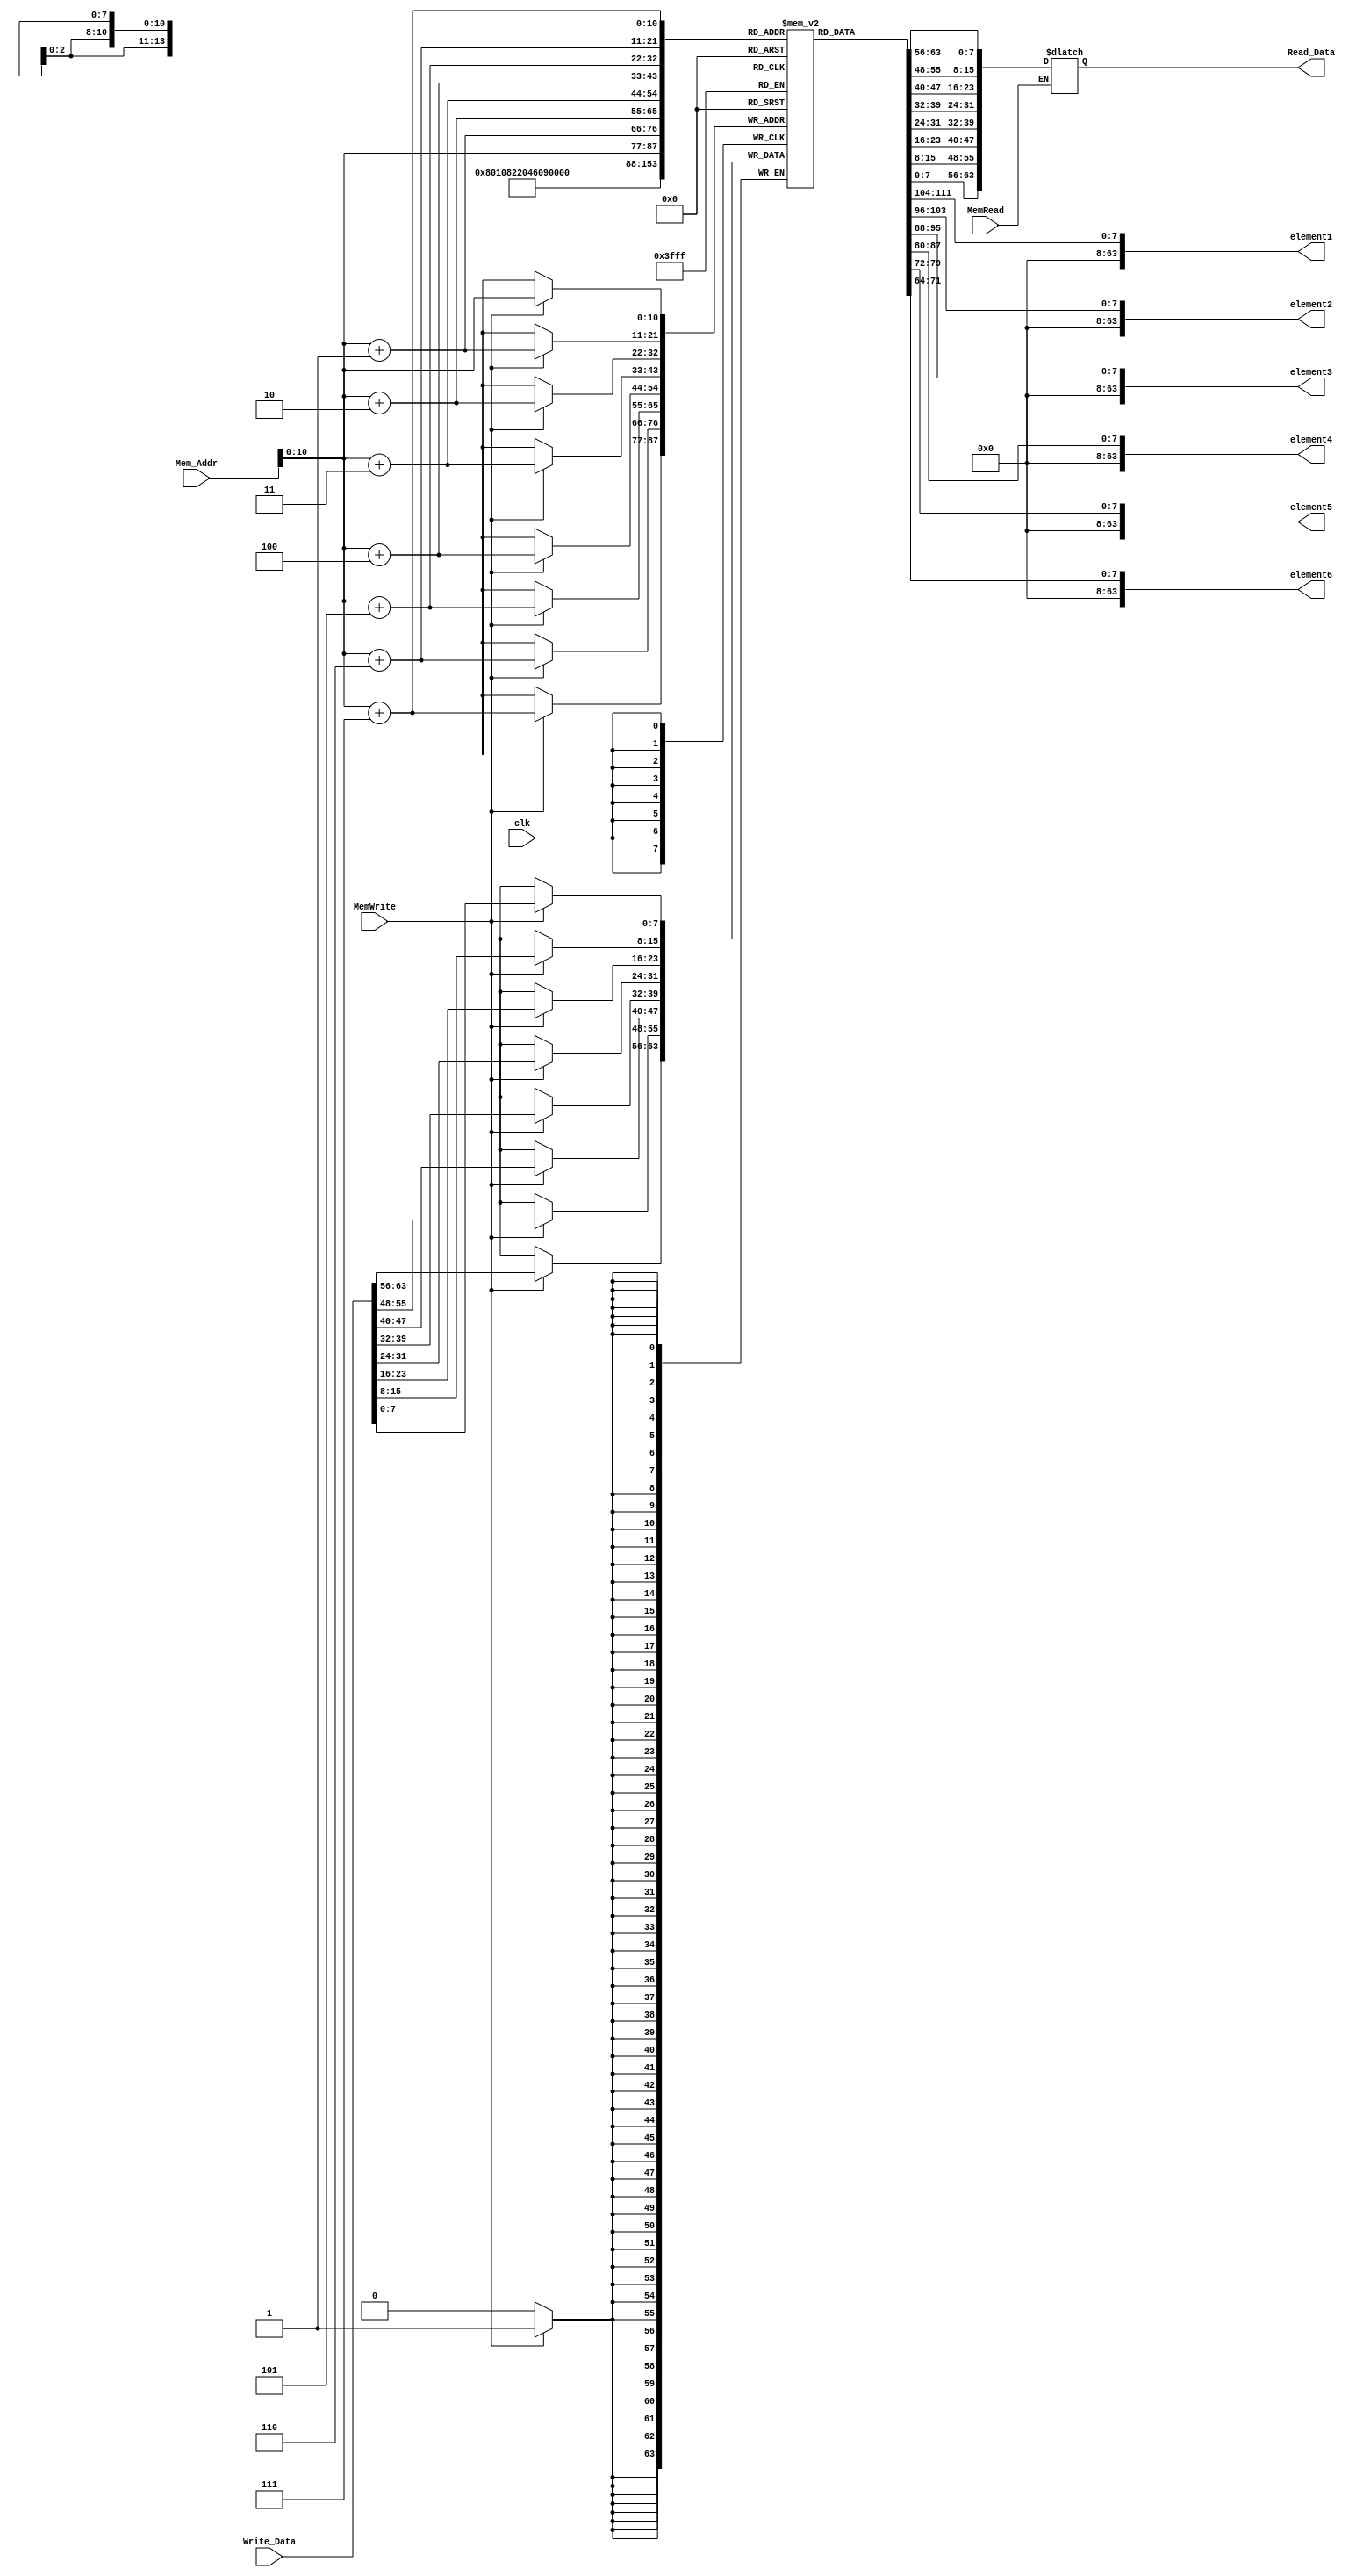
`timescale 1ns / 1ps
//////////////////////////////////////////////////////////////////////////////////
// Company: 
// Engineer: 
// 
// Design Name: 
// Module Name: Data_Memory
// Project Name: 
// Target Devices: 
// Tool Versions: 
// Description: 
// 
// Dependencies: 
// 
// Revision:
// Revision 0.01 - File Created
// Additional Comments:
// 
//////////////////////////////////////////////////////////////////////////////////

//module Data_Memory
//(
//	input [63:0] Mem_Addr,
//	input [63:0] Write_Data,
//	input clk, MemWrite, MemRead,
//	output reg [63:0] Read_Data
//);

//	reg [7:0] DataMemory [63:0];

//	initial
//	begin
//		DataMemory[0] = 8'd10;
//		DataMemory[1] = 8'd0;
//		DataMemory[2] = 8'd0;
//		DataMemory[3] = 8'd0;
//		DataMemory[4] = 8'd0;
//		DataMemory[5] = 8'd0;
//		DataMemory[6] = 8'd0;
//		DataMemory[7] = 8'd0;
//		DataMemory[8] = 8'd8;
//		DataMemory[9] = 8'd9;
//		DataMemory[10] = 8'd10;
//		DataMemory[11] = 8'd11;
//		DataMemory[12] = 8'd12;
//		DataMemory[13] = 8'd13;
//		DataMemory[14] = 8'd14;
//		DataMemory[15] = 8'd15;
//		DataMemory[16] = 8'd16;
//		DataMemory[17] = 8'd17;
//		DataMemory[18] = 8'd18;
//		DataMemory[19] = 8'd19;
//		DataMemory[20] = 8'd20;
//		DataMemory[21] = 8'd21;
//		DataMemory[22] = 8'd22;
//		DataMemory[23] = 8'd23;
//		DataMemory[24] = 8'd24;
//		DataMemory[25] = 8'd25;
//		DataMemory[26] = 8'd26;
//		DataMemory[27] = 8'd27;
//		DataMemory[28] = 8'd28;
//		DataMemory[29] = 8'd29;
//		DataMemory[30] = 8'd30;
//		DataMemory[31] = 8'd31;
//		DataMemory[32] = 8'd0;
//		DataMemory[33] = 8'd1;
//		DataMemory[34] = 8'd2;
//		DataMemory[35] = 8'd3;
//		DataMemory[36] = 8'd4;
//		DataMemory[37] = 8'd5;
//		DataMemory[38] = 8'd6;
//		DataMemory[39] = 8'd7;
//		DataMemory[40] = 8'd8;
//		DataMemory[41] = 8'd9;
//		DataMemory[42] = 8'd0;
//		DataMemory[43] = 8'd0;
//		DataMemory[44] = 8'd0 ;
//		DataMemory[45] = 8'd0;
//		DataMemory[46] = 8'd0;
//		DataMemory[47] = 8'd0;
//		DataMemory[48] = 8'd0;
//		DataMemory[49] = 8'd0;
//		DataMemory[50] = 8'd0;
//		DataMemory[51] = 8'd0;
//		DataMemory[52] = 8'd0;
//		DataMemory[53] = 8'd0;
//		DataMemory[54] = 8'd0;
//		DataMemory[55] = 8'd0;
//		DataMemory[56] = 8'd0;
//		DataMemory[57] = 8'd0;
//		DataMemory[58] = 8'd0;
//		DataMemory[59] = 8'd0;
//		DataMemory[60] = 8'd0;
//		DataMemory[61] = 8'd0;
//		DataMemory[62] = 8'd0;
//		DataMemory[63] = 8'd0;
//	end
	
//	always @ (*)
//	begin
//		if (MemRead)
//			Read_Data = {DataMemory[Mem_Addr+7],DataMemory[Mem_Addr+6],DataMemory[Mem_Addr+5],DataMemory[Mem_Addr+4],DataMemory[Mem_Addr+3],DataMemory[Mem_Addr+2],DataMemory[Mem_Addr+1],DataMemory[Mem_Addr]};
//	end
	
//	always @ (posedge clk)
//	begin
//		if (MemWrite)
//		begin
//			DataMemory[Mem_Addr] = Write_Data[7:0];
//			DataMemory[Mem_Addr+1] = Write_Data[15:8];
//			DataMemory[Mem_Addr+2] = Write_Data[23:16];
//			DataMemory[Mem_Addr+3] = Write_Data[31:24];
//			DataMemory[Mem_Addr+4] = Write_Data[39:32];
//			DataMemory[Mem_Addr+5] = Write_Data[47:40];
//			DataMemory[Mem_Addr+6] = Write_Data[55:48];
//			DataMemory[Mem_Addr+7] = Write_Data[63:56];
//		end
//	end
	
//endmodule

module Data_Memory
(
	input [63:0] Mem_Addr,
	input [63:0] Write_Data,
	input clk, MemWrite, MemRead,
	output reg [63:0] Read_Data, 
	output [63:0] element1,
    output [63:0] element2,
    output [63:0] element3,
    output [63:0] element4,
    output [63:0] element5,
    output [63:0] element6
);

	reg [7:0] DataMemory [1233:0];
	
	  assign element1 = DataMemory[256];
      assign element2 = DataMemory[264];
      assign element3 = DataMemory[272];                      
      assign element4 = DataMemory[280];
      assign element5 = DataMemory[288];
      assign element6 = DataMemory[296];
      integer i;
  
   initial  
    begin 
      for (i = 0; i < 1233; i = i + 1)
      begin 
        DataMemory[i] = 8'd0;
        end
     end    

	
	always @ (posedge clk)
	begin
		if (MemWrite)
		begin
			DataMemory[Mem_Addr] = Write_Data[7:0];
			DataMemory[Mem_Addr+1] = Write_Data[15:8];
			DataMemory[Mem_Addr+2] = Write_Data[23:16];
			DataMemory[Mem_Addr+3] = Write_Data[31:24];
			DataMemory[Mem_Addr+4] = Write_Data[39:32];
			DataMemory[Mem_Addr+5] = Write_Data[47:40];
			DataMemory[Mem_Addr+6] = Write_Data[55:48];
			DataMemory[Mem_Addr+7] = Write_Data[63:56];
		end
	end
	
	always @ (*)
	begin
		if (MemRead)
			Read_Data = {DataMemory[Mem_Addr+7],DataMemory[Mem_Addr+6],DataMemory[Mem_Addr+5],DataMemory[Mem_Addr+4],DataMemory[Mem_Addr+3],DataMemory[Mem_Addr+2],DataMemory[Mem_Addr+1],DataMemory[Mem_Addr]};
	end
endmodule